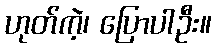
ဟုတ်ကဲ့၊ ပြောပါဦး။